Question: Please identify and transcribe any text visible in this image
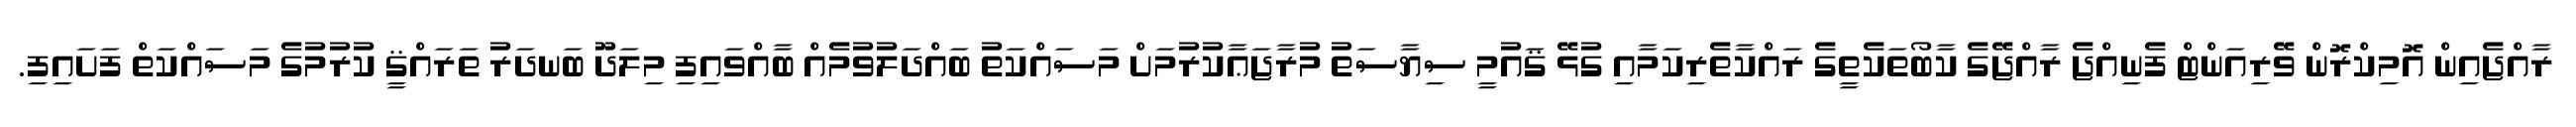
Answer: ރާއްޖެއިން އޮމިކްރޮން ވޭރިއަންޓް ފެނިއްޖެ ރާއްޖޭގެ ކާބޯތަކެތީގެ ރައްކާތެރިކަމާއި ގުޅޭ ޤައުމީ ސިޔާސަތު މުރާޖަޢާކުރުމަށް މަސައްކަތު ބައްދަލުވުމެއް ބާއްވައިފި މިލަދޫ ބަނދަރު ތަރައްޤީ ކުރުމުގެ މަސައްކަތް ފަށައިފި.